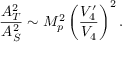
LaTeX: \frac { A _ { T } ^ { 2 } } { A _ { S } ^ { 2 } } \sim M _ { p } ^ { 2 } \left( \frac { V _ { 4 } ^ { \prime } } { V _ { 4 } } \right) ^ { 2 } .